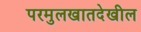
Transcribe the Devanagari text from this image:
परमुलखातदेखील